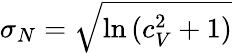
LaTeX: \sigma_{N}=\sqrt{\ln{(c_{V}^{2}+1)}}